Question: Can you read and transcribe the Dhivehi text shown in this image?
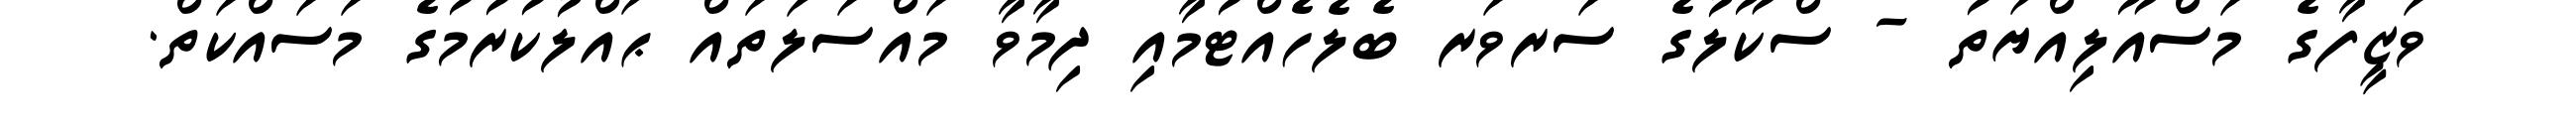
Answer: ވަޒީފާގެ މަސްއޫލިއްޔަތު - ސްކޫލުގެ ސަރވަރ ބެލެހެއްޓުމާއި ދިމާވާ މައްސަލަތައް ޙައްލުކުރުމުގެ މަސައްކަތް.